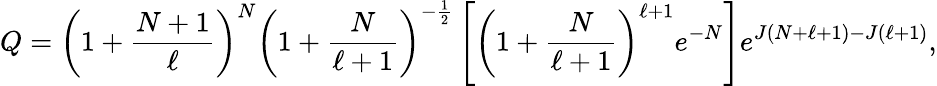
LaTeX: Q=\left(1+\frac{N+1}{\ell}\right)^{N}\left(1+\frac{N}{\ell+1}\right)^{-\frac{1}{2}}\left[\left(1+\frac{N}{\ell+1}\right)^{\ell+1}e^{-N}\right]e^{J(N+\ell+1)-J(\ell+1)},